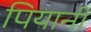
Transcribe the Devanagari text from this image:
पियानी